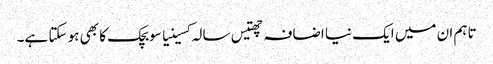
تاہم ان میں ایک نیا اضافہ چھتیس سالہ کسینیا سوبچک کا بھی ہو سکتا ہے۔